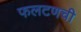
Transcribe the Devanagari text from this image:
फलटणची